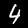
Digit: 4